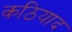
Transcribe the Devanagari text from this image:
कठियाद